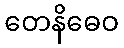
တေနိဓေဝ